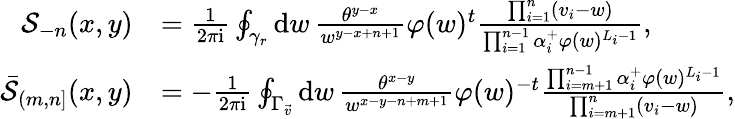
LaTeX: \begin{array}{rl}{\mathcal{S}_{-n}(x,y)}&{=\frac{1}{2\pi\mathrm{i}}\oint_{\gamma_{r}}\mathrm{d}w\, \frac{\theta^{y-x}}{w^{y-x+n+1}}\varphi(w)^{t}\frac{\prod_{i=1}^{n}(v_{i}-w)}{\prod_{i=1}^{n-1}\alpha_{i}^{+}\varphi(w)^{L_{i}-1}},}\\ {\bar{\mathcal{S}}_{(m,n]}(x,y)}&{=-\frac{1}{2\pi\mathrm{i}}\oint_{\Gamma_{\vec{v}}}\mathrm{d}w\, \frac{\theta^{x-y}}{w^{x-y-n+m+1}}\varphi(w)^{-t}\frac{\prod_{i=m+1}^{n-1}\alpha_{i}^{+}\varphi(w)^{L_{i}-1}}{\prod_{i=m+1}^{n}(v_{i}-w)},}\end{array}